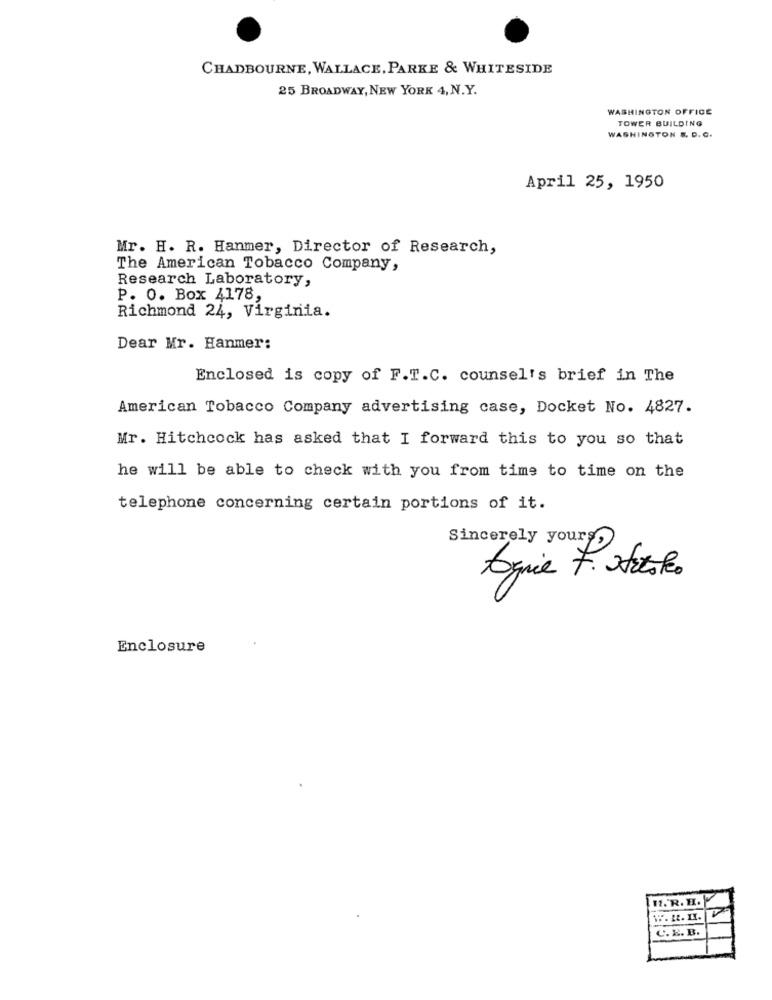
CHADBOURNE, WALLACE, PARKE & WHITESIDE
25 BROADWAY, NEW YORK 4, N.Y.
WASHINGTON OFFICE
TOWER BUILDING
WASHINGTON E. D. C.
April 25, 1950
Mr. H. R. Hanmer, Director of Research,
The American Tobacco Company,
Research Laboratory,
P. O. Box 4178,
Richmond 24, Virginia.
Dear Mr. Hanmer:
Enclosed is copy of F.T.C. counsel's brief in The
American Tobacco Company advertising case, Docket No. 4827.
Mr. Hitchcock has asked that I forward this to you so that
he will be able to check with you from time to time on the
telephone concerning certain portions of it.
Sincerely yours,
Ognie F. Actoko
Enclosure
I.R. H.
C.E. B.